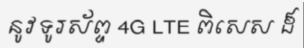
នូវទូរស័ព្ទ 4G LTE ពិសេស ដ៏